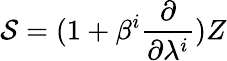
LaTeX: {\cal S}=(1+\beta^{i}\frac{\partial}{\partial\lambda^{i}})Z